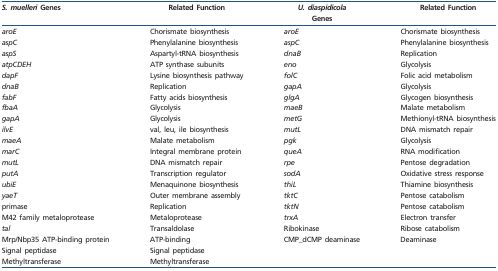
<table><thead><tr><td><b><i>S. muelleri</i> Genes</b></td><td><b>Related Function</b></td><td><b><i>U. diaspidicola</i> Genes</b></td><td><b>Related Function</b></td></tr></thead><tbody><tr><td><i>aroE</i></td><td>Chorismate biosynthesis</td><td><i>aroE</i></td><td>Chorismate biosynthesis</td></tr><tr><td><i>aspC</i></td><td>Phenylalanine biosynthesis</td><td><i>aspC</i></td><td>Phenylalanine biosynthesis</td></tr><tr><td><i>aspS</i></td><td>Aspartyl-tRNA biosynthesis</td><td><i>dnaB</i></td><td>Replication</td></tr><tr><td><i>atpCDEH</i></td><td>ATP synthase subunits</td><td><i>eno</i></td><td>Glycolysis</td></tr><tr><td><i>dapF</i></td><td>Lysine biosynthesis pathway</td><td><i>folC</i></td><td>Folic acid metabolism</td></tr><tr><td><i>dnaB</i></td><td>Replication</td><td><i>gapA</i></td><td>Glycolysis</td></tr><tr><td><i>fabF</i></td><td>Fatty acids biosynthesis</td><td><i>glgA</i></td><td>Glycogen biosynthesis</td></tr><tr><td><i>fbaA</i></td><td>Glycolysis</td><td><i>maeB</i></td><td>Malate metabolism</td></tr><tr><td><i>gapA</i></td><td>Glycolysis</td><td><i>metG</i></td><td>Methionyl-tRNA biosynthesis</td></tr><tr><td><i>ilvE</i></td><td>val, leu, ile biosynthesis</td><td><i>mutL</i></td><td>DNA mismatch repair</td></tr><tr><td><i>maeA</i></td><td>Malate metabolism</td><td><i>pgk</i></td><td>Glycolysis</td></tr><tr><td><i>marC</i></td><td>Integral membrane protein</td><td><i>queA</i></td><td>RNA modification</td></tr><tr><td><i>mutL</i></td><td>DNA mismatch repair</td><td><i>rpe</i></td><td>Pentose degradation</td></tr><tr><td><i>putA</i></td><td>Transcription regulator</td><td><i>sodA</i></td><td>Oxidative stress response</td></tr><tr><td><i>ubiE</i></td><td>Menaquinone biosynthesis</td><td><i>thiL</i></td><td>Thiamine biosynthesis</td></tr><tr><td><i>yaeT</i></td><td>Outer membrane assembly</td><td><i>tktC</i></td><td>Pentose catabolism</td></tr><tr><td>primase</td><td>Replication</td><td><i>tktN</i></td><td>Pentose catabolism</td></tr><tr><td>M42 family metaloprotease</td><td>Metaloprotease</td><td><i>trxA</i></td><td>Electron transfer</td></tr><tr><td><i>tal</i></td><td>Transaldolase</td><td>Ribokinase</td><td>Ribose catabolism</td></tr><tr><td>Mrp/Nbp35 ATP-binding protein</td><td>ATP-binding</td><td>CMP_dCMP deaminase</td><td>Deaminase</td></tr><tr><td>Signal peptidase</td><td>Signal peptidase</td><td></td><td></td></tr><tr><td>Methyltransferase</td><td>Methyltransferase</td><td></td><td></td></tr></tbody></table>